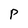
Character: P